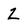
Character: Z